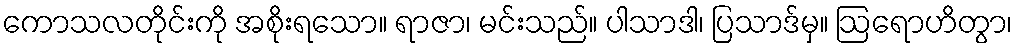
ကောသလတိုင်းကို အစိုးရသော။ ရာဇာ၊ မင်းသည်။ ပါသာဒါ၊ ပြသာဒ်မှ။ ဩရောဟိတွာ၊